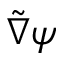
\tilde { \nabla } \psi